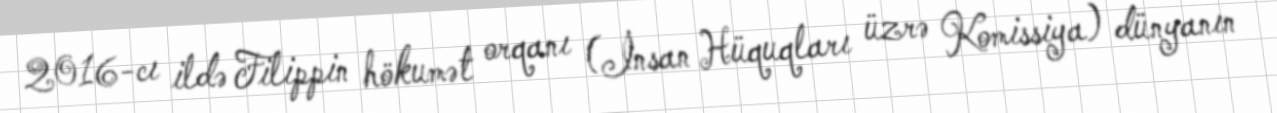
2016-cı ildə Filippin hökumət orqanı (İnsan Hüquqları üzrə Komissiya) dünyanın